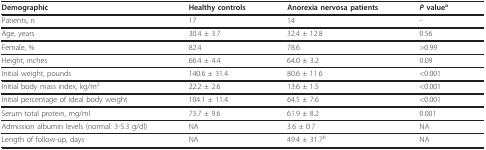
<table><thead><tr><td><b>Demographic</b></td><td><b>Healthy controls</b></td><td><b>Anorexia nervosa patients</b></td><td><b><i>P </i>value<sup>a</sup></b></td></tr></thead><tbody><tr><td>Patients, n</td><td>17</td><td>14</td><td>-</td></tr><tr><td>Age, years</td><td>30.4 ± 3.7</td><td>32.4 ± 12.8</td><td>0.56</td></tr><tr><td>Female, %</td><td>82.4</td><td>78.6</td><td>&gt;0.99</td></tr><tr><td>Height, inches</td><td>66.4 ± 4.4</td><td>64.0 ± 3.2</td><td>0.09</td></tr><tr><td>Initial weight, pounds</td><td>140.6 ± 31.4</td><td>80.6 ± 11.6</td><td>&lt;0.001</td></tr><tr><td>Initial body mass index, kg/m<sup>2</sup></td><td>22.2 ± 2.6</td><td>13.6 ± 1.5</td><td>&lt;0.001</td></tr><tr><td>Initial percentage of ideal body weight</td><td>104.1 ± 11.4</td><td>64.5 ± 7.6</td><td>&lt;0.001</td></tr><tr><td>Serum total protein, mg/ml</td><td>73.7 ± 9.6</td><td>61.9 ± 8.2</td><td>0.001</td></tr><tr><td>Admission albumin levels (normal: 3-5.3 g/dl)</td><td>NA</td><td>3.6 ± 0.7</td><td>NA</td></tr><tr><td>Length of follow-up, days</td><td>NA</td><td>49.4 ± 31.7<sup>b</sup></td><td>NA</td></tr></tbody></table>